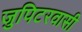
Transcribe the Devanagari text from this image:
जुपिटरवासी